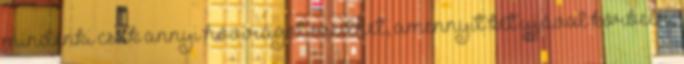
mindenki csak annyi hóvirágot szedhet, amennyit két ujjával körbeér,